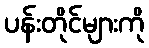
ပန်းတိုင်များကို